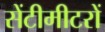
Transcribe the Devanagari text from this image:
सेंटीमीटरों